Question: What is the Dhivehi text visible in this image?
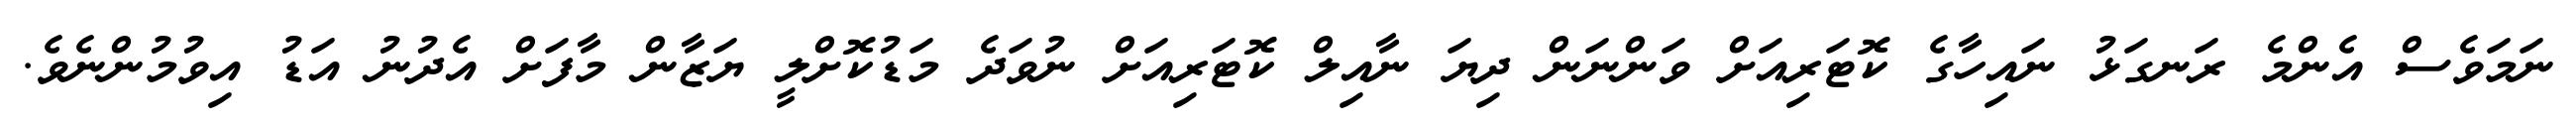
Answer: ނަމަވެސް އެންމެ ރަނގަޅު ނައިހާގެ ކޮޓަރިއަށް ވަންނަން ދިޔަ ނާއިލް ކޮޓަރިއަށް ނުވަދެ މަޑުކޮށްލީ ޔަޒާން މާފަށް އެދުނު އަޑު އިވުމުންނެވެ.